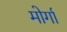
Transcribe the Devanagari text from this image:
मोर्गा